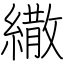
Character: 繖